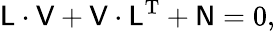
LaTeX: \mathsf{L}\cdot\mathsf{V}+\mathsf{V}\cdot\mathsf{L}^{\mathrm{T}}+\mathsf{N}=0,